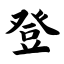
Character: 登